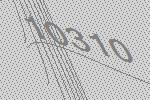
10310